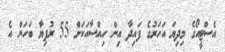
އެސްޓީއޯގެ މިދިޔަ އަހަރުގެ ފައިދާ އިން ހިއްސާއަކަށް 55 ރުފިޔާ ބަހަން އެ